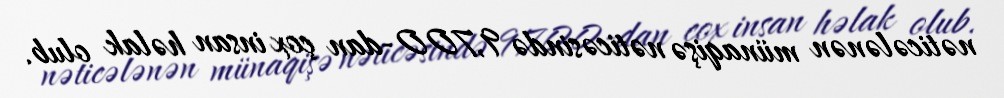
nəticələnən münaqişə nəticəsində 9,700-dan çox insan həlak olub.